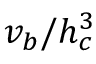
v _ { b } / h _ { c } ^ { 3 }